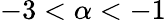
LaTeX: -3<\alpha<-1